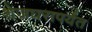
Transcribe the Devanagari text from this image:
शेजघरापर्यंत